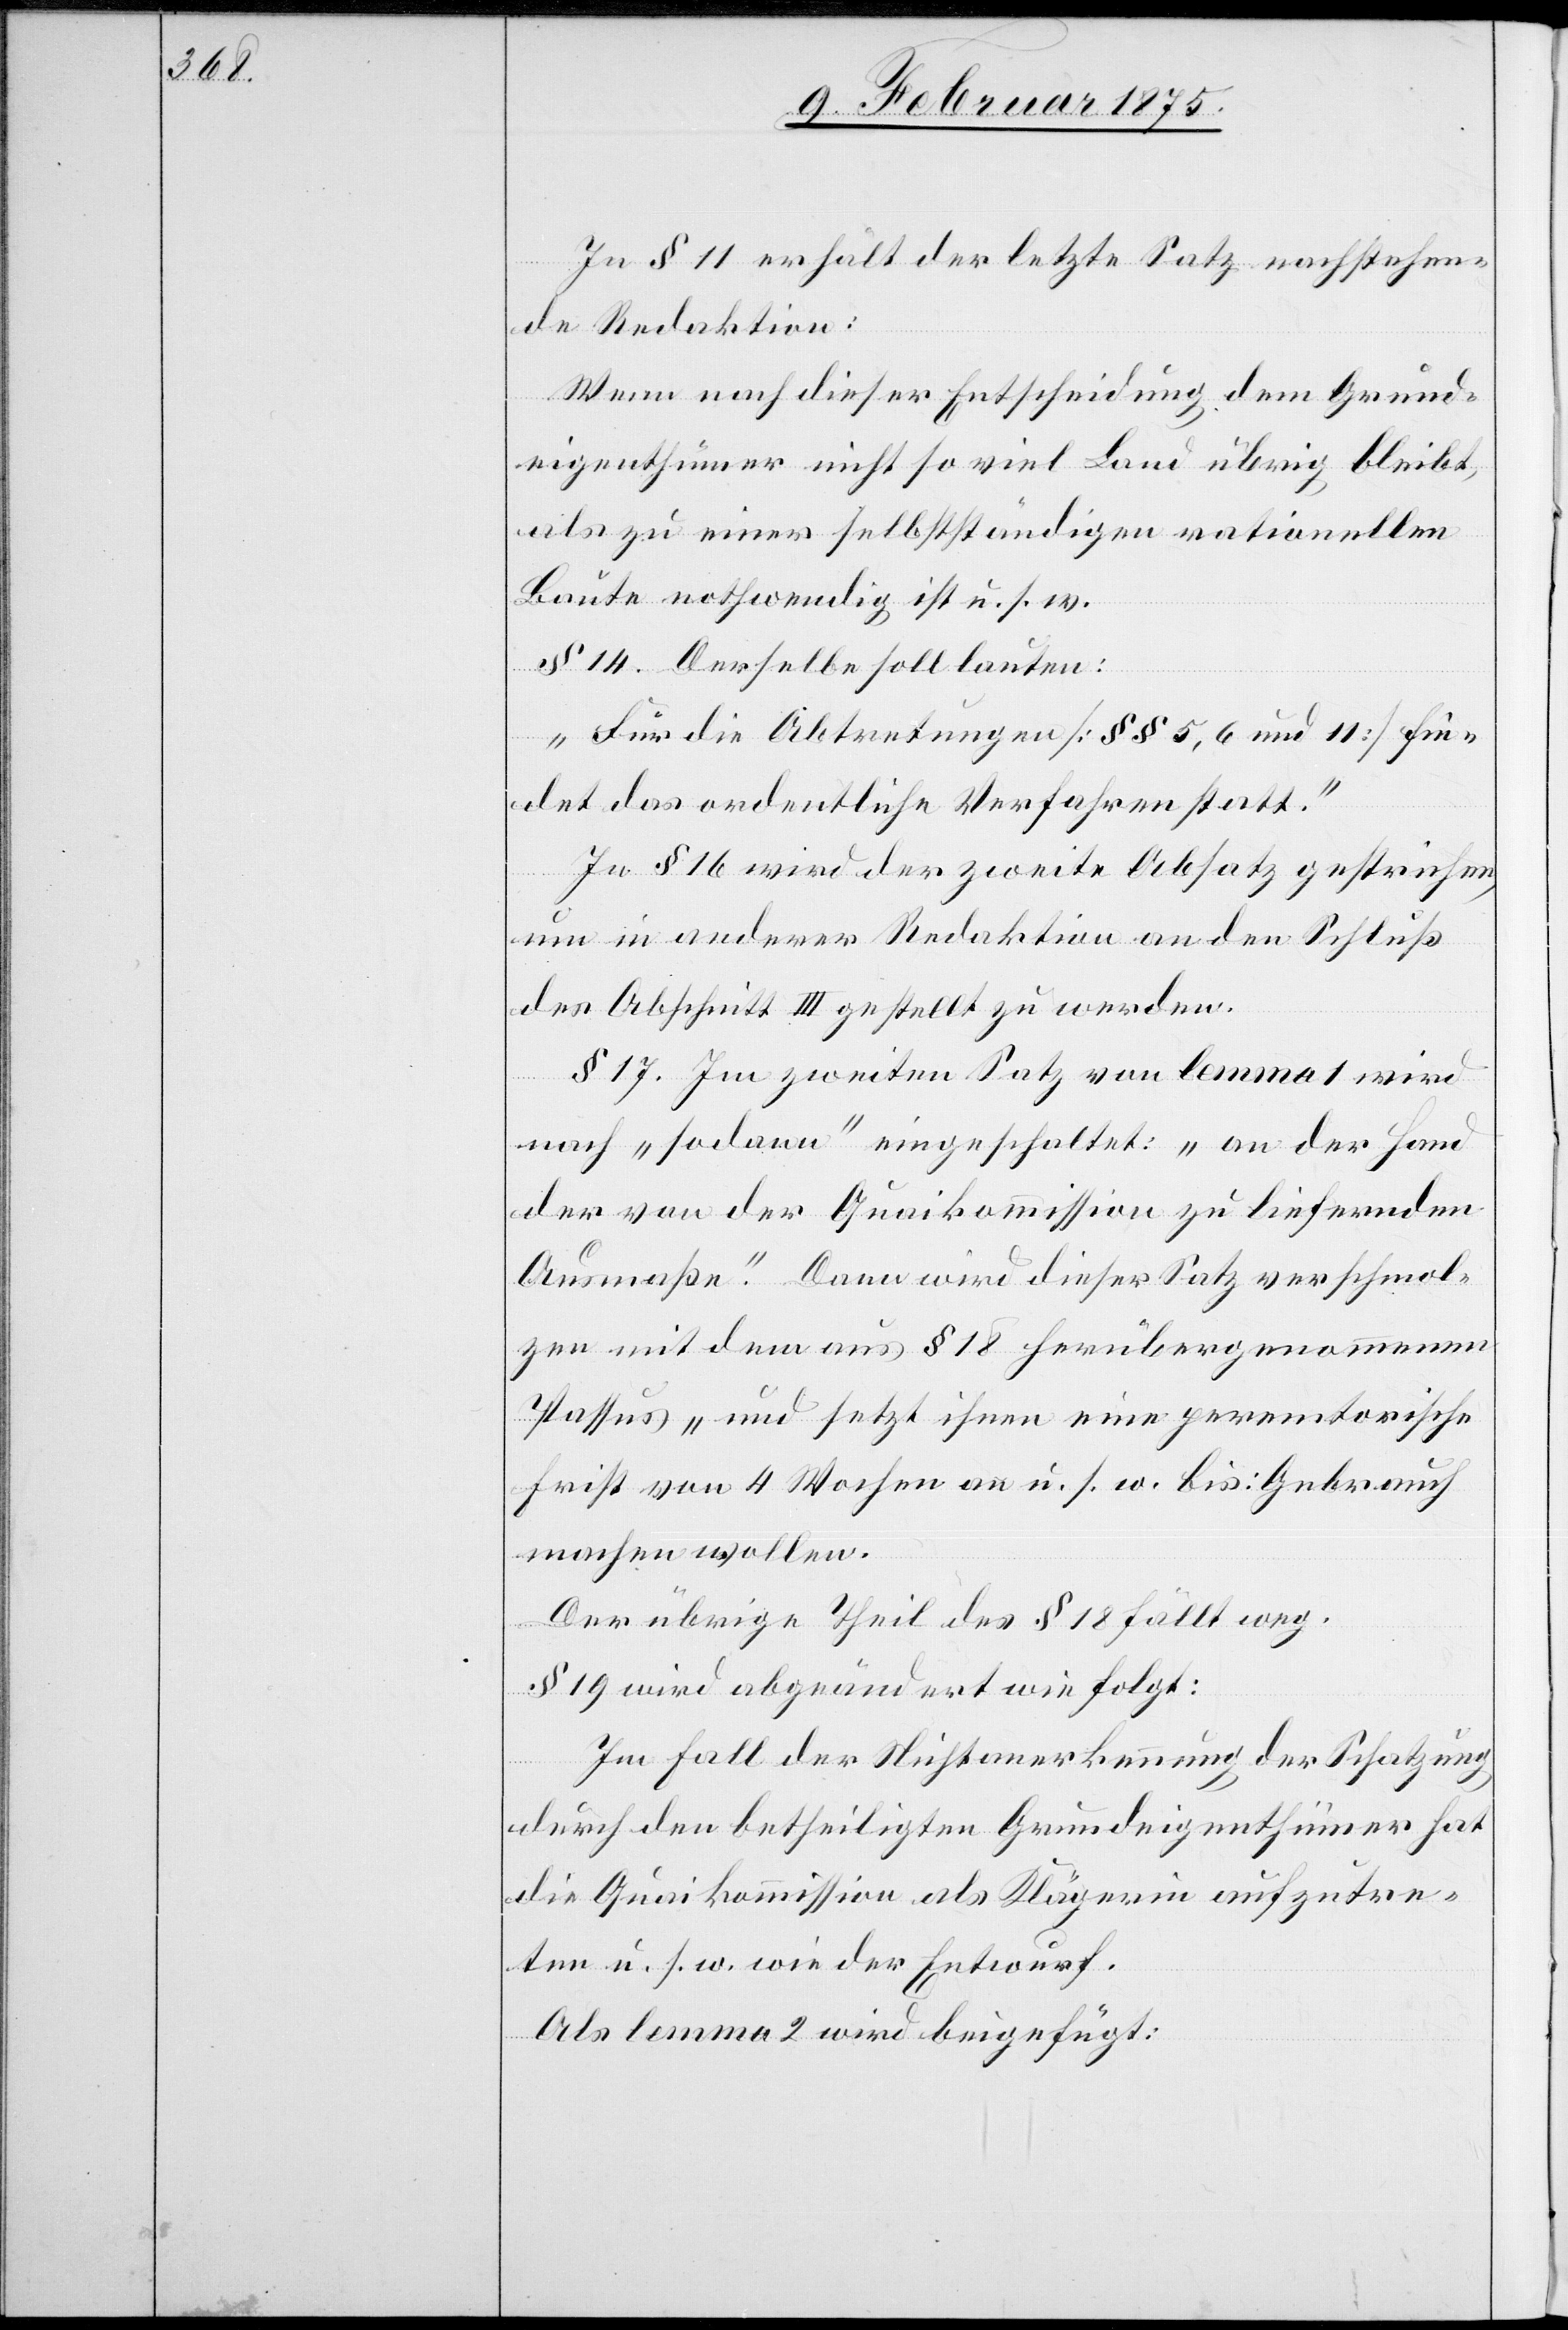
In § 11 erhält der letzte Satz nachstehen¬
de Redaktion:
Wenn nach dieser Entscheidung dem Grund¬
eigenthümer nicht so viel Land übrig bleibt,
als zu einer selbstständigen rationellen
Baute nothwendig ist u. s. w.
§ 14. Derselbe soll lauten:
„Für die Abtretungen (§§ 5, 6 und 11) fin¬
det das ordentliche Verfahren statt.“
In § 16 wird der zweite Absatz gestrichen,
um in anderer Redaktion an den Schluß
des Abschnitt III gestellt zu werden.
§ 17. Im zweiten Satz von lemma 1 wird
nach „sodann“ eingeschaltet: „an der Hand
der von der Quaikommission zu liefernden
Ausmaße.“ Dann wird dieser Satz verschmol¬
zen mit dem aus § 18 herübergenommenen
Passus „und setzt ihnen eine peremtorische
Frist von 4 Wochen an u. s. w. bis: Gebrauch
machen wollen.
Der übrige Theil des § 18 fällt weg.
§ 19 wird abgeändert wie folgt:
Im Fall der Nichtanerkennung der Schatzung
durch den betheiligten Grundeigenthümer hat
die Quaikommission als Klägerin aufzutre¬
ten u. s. w. wie der Entwurf.
Als lemma 2 wird beigefügt: